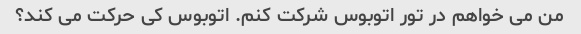
من می خواهم در تور اتوبوس شرکت کنم. اتوبوس کی حرکت می کند؟